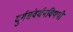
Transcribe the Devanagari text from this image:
दुर्गसंवर्धनविषयी